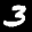
Label: 3